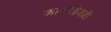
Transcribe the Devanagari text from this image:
कानाखेजडी